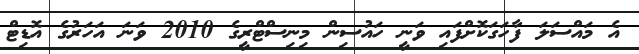
އެ މައްސަލަ ފާހަގަކޮށްފައި ވަނީ ހައުސިން މިނިސްޓްރީގެ 2010 ވަނަ އަހަރުގެ އޮޑިޓް